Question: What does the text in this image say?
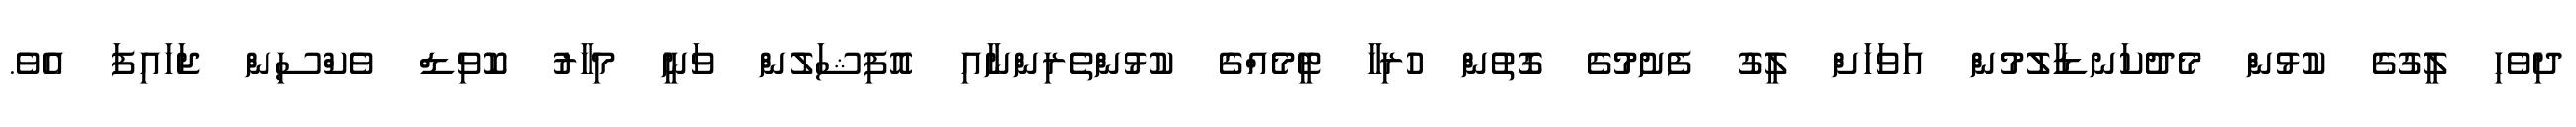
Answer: ދިވެހި ލީގުގެ ކުޅުން މެދުކަނޑާލުމުން އަވަހަށް ލީގު ފެށުމުގެ ގޮތުން ހުރިހާ ޓީމެއްގެ ކުޅުންތެރިންނާއި އޮފިޝަލުން ވަނީ މިހާޜު ކޮވިޑް ވެކްސިން ޖަހައިފަ އެވެ.